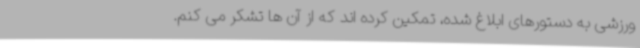
ورزشی به دستورهای ابلاغ شده، تمکین کرده اند که از آن ها تشکر می کنم.